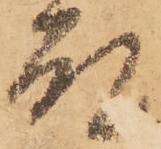
殿